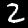
Label: 2